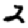
Digit: 2